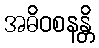
အဓိဝစနန္တိ